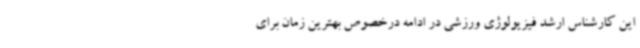
این کارشناس ارشد فیزیولوژی ورزشی در ادامه درخصوص بهترین زمان برای